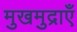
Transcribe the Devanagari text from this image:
मुखमुद्राएँ